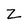
Character: Z